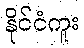
နိုင်ငံကူး